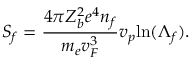
S _ { f } = \frac { 4 \pi Z _ { b } ^ { 2 } e ^ { 4 } n _ { f } } { m _ { e } v _ { F } ^ { 3 } } v _ { p } \mathrm { l n } ( \Lambda _ { f } ) .